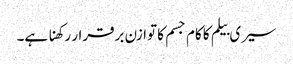
سیری بیلم کا کام جسم کا توازن برقرار رکھنا ہے۔